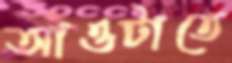
আওটাতে